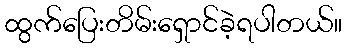
ထွက်ပြေးတိမ်းရှောင်ခဲ့ရပါတယ်။